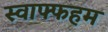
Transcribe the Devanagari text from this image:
स्वाफ्फहम